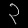
Digit: ၃